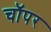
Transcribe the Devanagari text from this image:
चॉपर